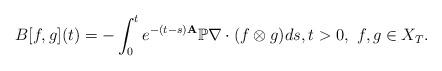
LaTeX: \begin{align*}B [f,g] (t) = - \int_0^t e^{-(t-s){\bf A}} \mathbb{P} \nabla \cdot (f\otimes g ) d s,t>0, ~f,g\in X_T.\end{align*}